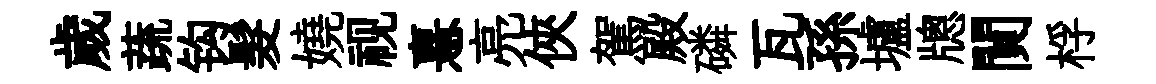
歲蔬钩髮嬈视憙亮俠駕殿磷瓦孫壚牕閴桴